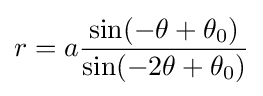
r=a{\frac {\sin(-\theta +\theta _{0})}{\sin(-2\theta +\theta _{0})}}